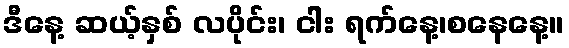
ဒီနေ့ ဆယ့်နှစ် လပိုင်း၊ ငါး ရက်နေ့၊စနေနေ့။